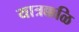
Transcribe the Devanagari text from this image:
यात्रक्कळि